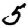
Digit: 5